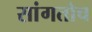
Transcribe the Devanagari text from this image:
सांगतोच